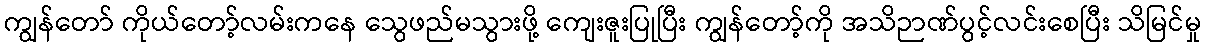
ကျွန်တော် ကိုယ်တော့်လမ်းကနေ သွေဖည်မသွားဖို့ ကျေးဇူးပြုပြီး ကျွန်တော့်ကို အသိဉာဏ်ပွင့်လင်းစေပြီး သိမြင်မှု